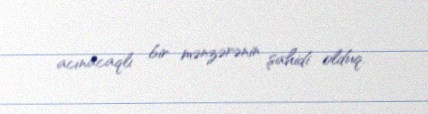
acınacaqlı bir mənzərənin şahidi olduq.